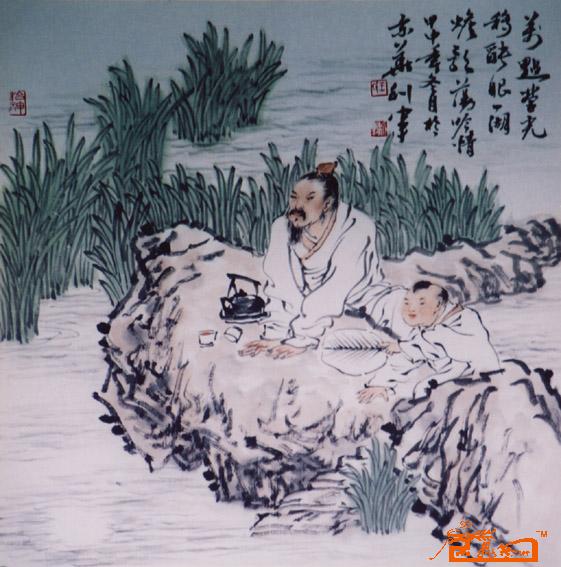
夫有尤物，足以移人